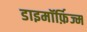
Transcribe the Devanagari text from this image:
डाइमॉर्फ़िज्म